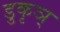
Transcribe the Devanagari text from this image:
डुकृञ्